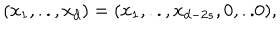
( x _ { 1 } , . . , x _ { d } ) = ( x _ { 1 } , . . , x _ { d - 2 s } , 0 , . . 0 ) ,